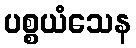
ပစ္စယံသေန